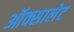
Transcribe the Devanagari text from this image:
ऑक्सालेट